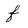
Character: f